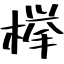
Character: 﨔